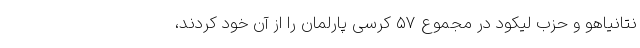
نتانیاهو و حزب لیکود در مجموع ۵۷ کرسی پارلمان را از آن خود کردند،